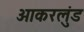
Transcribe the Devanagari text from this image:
ओकरलुंड